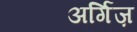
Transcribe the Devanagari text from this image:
अर्गिज़